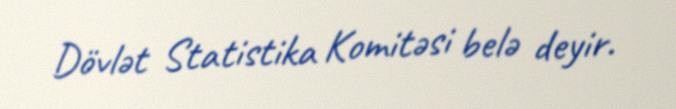
Dövlət Statistika Komitəsi belə deyir.